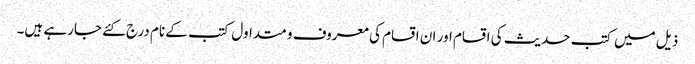
ذیل میں کتب حدیث کی اقسام اور ان اقسام کی معروف و متداول کتب کے نام درج کئے جارہے ہیں۔